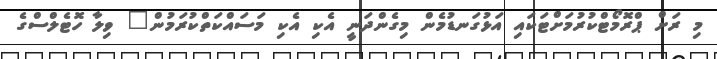
މި ރަށް ޕްރޮމޯޓްކުރުމަށްޓަކައި އަޅުގަނޑުމެން މިގެންދަނީ އެކި އެކި މަސައްކަތްކުރަމުން" ވިލާ ހޮޓެލްސްގެ